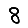
Digit: 8